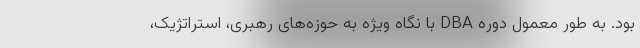
بود. به طور معمول دوره DBA با نگاه ویژه به حوزه‌های رهبری، استراتژیک،